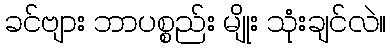
ခင်ဗျား ဘာပစ္စည်း မျိုး သုံးချင်လဲ။